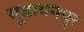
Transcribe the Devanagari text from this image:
चूडामनपुर